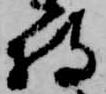
持